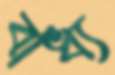
বাধ্য